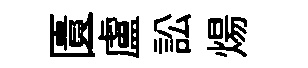
匱盧訟煬